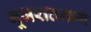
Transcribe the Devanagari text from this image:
गूजरातमध्ये